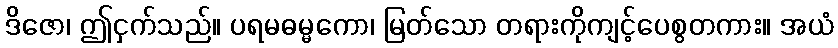
ဒိဇော၊ ဤငှက်သည်။ ပရမဓမ္မကော၊ မြတ်သော တရားကိုကျင့်ပေစွတကား။ အယံ